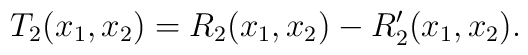
T_2(x_1,x_2)=R_2(x_1,x_2)-R_2^{\prime}(x_1,x_2).